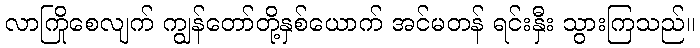
လာကြိုစေလျက် ကျွန်တော်တို့နှစ်ယောက် အင်မတန် ရင်းနှီး သွားကြသည်။